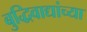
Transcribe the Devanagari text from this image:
बुद्धिवाद्यांच्या